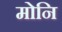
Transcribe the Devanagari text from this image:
मोनि